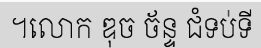
។លោក ឌុច ច័ន្ទ ជំទប់ទី